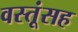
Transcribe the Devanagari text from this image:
वस्तूंसह